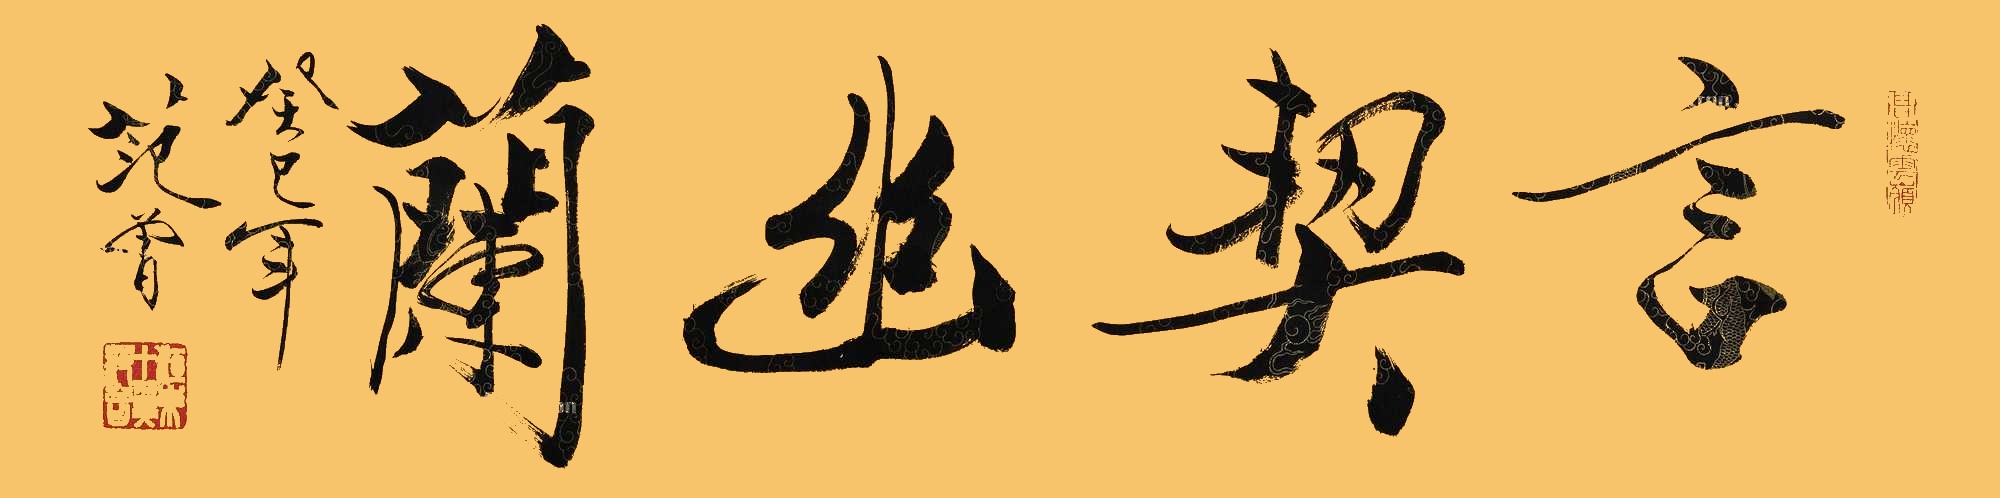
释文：言契幽兰。癸巳年，范曾。